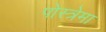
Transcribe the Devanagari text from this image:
पोस्त्रेमा